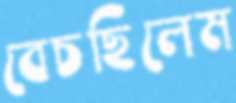
বেচছিলেম